Medical and sanitary report of the native army of Madras for the year
Year: 1875
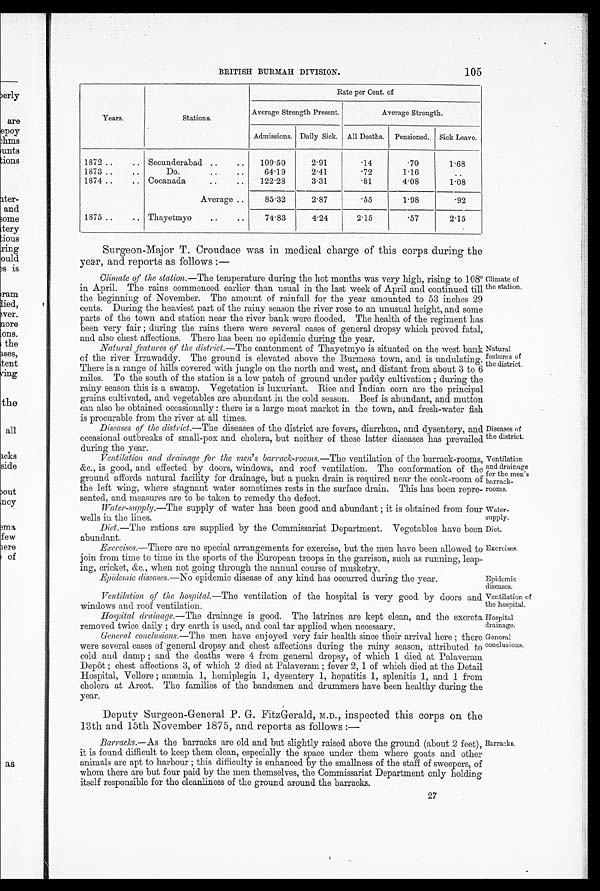
Diseases of
the district.
Ventilation
and drainage
for the men's
barrack-
rooms.
Water-
supply.
Diet.
Exorcises.
Ventilation of
the hospital.
Hospital
drainage.
General
conclusions.
105
BRITISH BURMAH DIVISION.
Years.
Stations.
Rate per Cent. of
Average Strength Present.
Average Strength.
Admissions. Daily Sick.
All Deaths.
Pensioned.
Sick Leave.
1872 . .
.. Secunderabad ..
..
109.50
2.91
.14
. 70
1.68
1873 ..
..
Do.
..
. ,
64.19
2 . 4 1
. 72
1.16
. .
1874 . .
.. Cocanada
..
..
122 . 28
3.31
. 81
4.08
1.08
1875 ..
..
Average ..
85.32
2.87
. 5 5
1.98
.92
Thayetmyo
..
..
74.83
4.24
2.15
.57
2.15
Surgeon-Major T. Croudace was in medical charge of this corps during the
year, and reports as follows :—
Climate of the .station.—The temperature during the hot months was very high, rising to 108°i
n April. The rains commenced earlier than usual in the last week of April and continued till
the beginning of November. The amount of rainfall for the year amounted to 53 inches 29
cents. During the heaviest part of the rainy season the river rose to an unusual height, and some
parts of the town and station near the river bank were flooded. - The health of the regiment has
been very fair ; during the rains there were several cases of general dropsy which proved fatal,
and also chest affections. There has been no e pidemic durin g the year.
Natural features of the district.—The cantonment of Thayetmyo is situated on the west bank
of the river Irrawaddy. The ground is elevated above the Burmese town, and is undulating.
There is a range of hills covered with jungle on the north and west, and distant from about 3 to 6
miles. To the south of the station is a low patch of ground -under paddy cultivation ; during the
rainy season this is a swamp. Vegetation is luxuriant. Rice and Indian corn are the principal
grains cultivated, and vegetables are abundant in the cold season. Beef is abundant, and mutton
can also be obtained occasionally : there is a large meat market in the town, and fresh-water fish
is procurable from the river at all times.
Climate of
the station.
Natural
Features of
le district.
Diseases of the district.—The diseases of the district are fevers, diarrhoea, and dysentery, and
occasional outbreaks of small-pox and cholera, but neither of these latter diseases has prevailed
during the year.
Ventilation and drainage ,for the men's barrack-rooms.—The ventilation of the barrack-rooms,
&c., is good, and effected by doors, windows, and roof ventilation. The conformation of the
ground affords natural facility for drainage, but a pucka drain is required near the cook-room of
the left wing, where stagnant water sometimes rests in the surface drain. This has been repre-
sented, and measures are to be taken to remedy the defect.
Water-supply.—The supply of water has been good and abundant ; it is obtained from four
wells in the lines.
Diet.—The rations are supplied by the Commissariat Department. Vegetables have been
abundant.
Exercises.—There are no special arrangements for exercise, but the men have been allowed to
join from time to time in the sports of the European troops in the garrison, such as running, leap-
ing, cricket, &c., when not going through the annual course of musketry.
Epidemic diseases.—No epidemic disease of any kind has occurred during the year.
Epidemic
diseases.
Ventilation of the hospital.—The ventilation of the hospital is very good by doors and
windows and roof ventilation.
Hospital drainage.—The drainage is good. The latrines are kept clean, and the excreta
removed twice daily ; dry earth is used, and coal tar applied when necessary.
General conclusions.—The men have enjoyed very fair health since their arrival here ; there
were several cases of general drops and chest affections during the rainy season, attributed to
cold and damp ; and the deaths were 4 from general dropsy, of which 1 died at Palaveram
Depôt ; chest affections 3, of which 2 died at Palaveram ; fever 2, 1 of which died at the Detail
Hospital, Vellore ; anaemia1 ,
h e m i p l e g i a 1 , d y s e n t e r y 1 , h e p a t i t i s 1 , s p l e n i t i s 1 , a n d1
f r o m
cholera at Arcot. The families of the bandsmen and drummers have been healthy during the
year.
Deputy Surgeon-General P. G. FitzGerald, M.D., inspected this corps on the
13th and 15th November 1875, and reports as follows :—
Barracks.—As the barracks are old and but slightly raised above the ground (about 2 feet),
it is found difficult to keep them clean, especially the space under them where goats and other
animals are apt to harbour ; this difficulty is enhanced by the smallness of the staff of sweepers, of
whom there are but four paid by the men themselves, the Commissariat Department only holding
itself responsible for the cleanliness of the ground around the barracks.
Barracks.
27